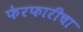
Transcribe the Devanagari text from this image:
फेरफारीचा